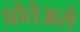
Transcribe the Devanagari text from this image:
प्रोतेअसे